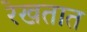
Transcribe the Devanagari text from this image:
रेखतात